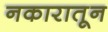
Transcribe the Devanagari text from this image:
नकारातून